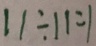
1 1 \div 1 1 = 1